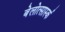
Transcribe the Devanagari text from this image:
बेलोत्सार्स्क